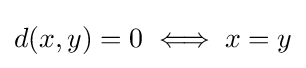
d(x,y)=0\iff x=y